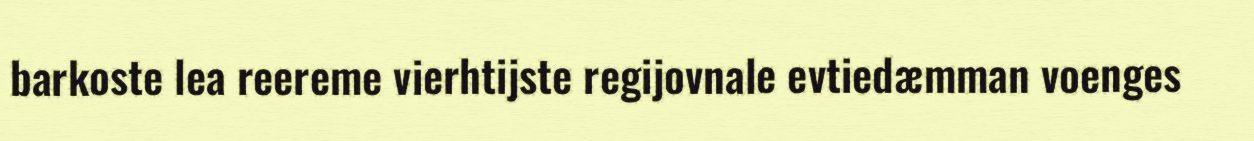
barkoste lea reereme vierhtijste regijovnale evtiedæmman voenges